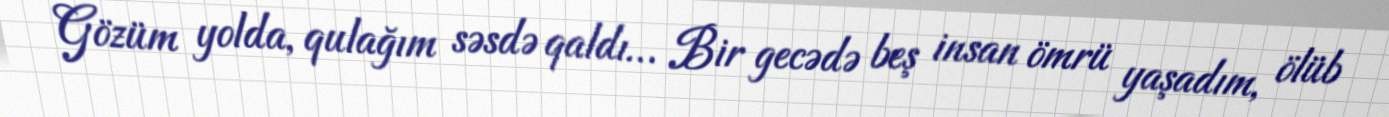
Gözüm yolda, qulağım səsdə qaldı… Bir gecədə beş insan ömrü yaşadım, ölüb